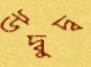
উদ্বুদ্ব